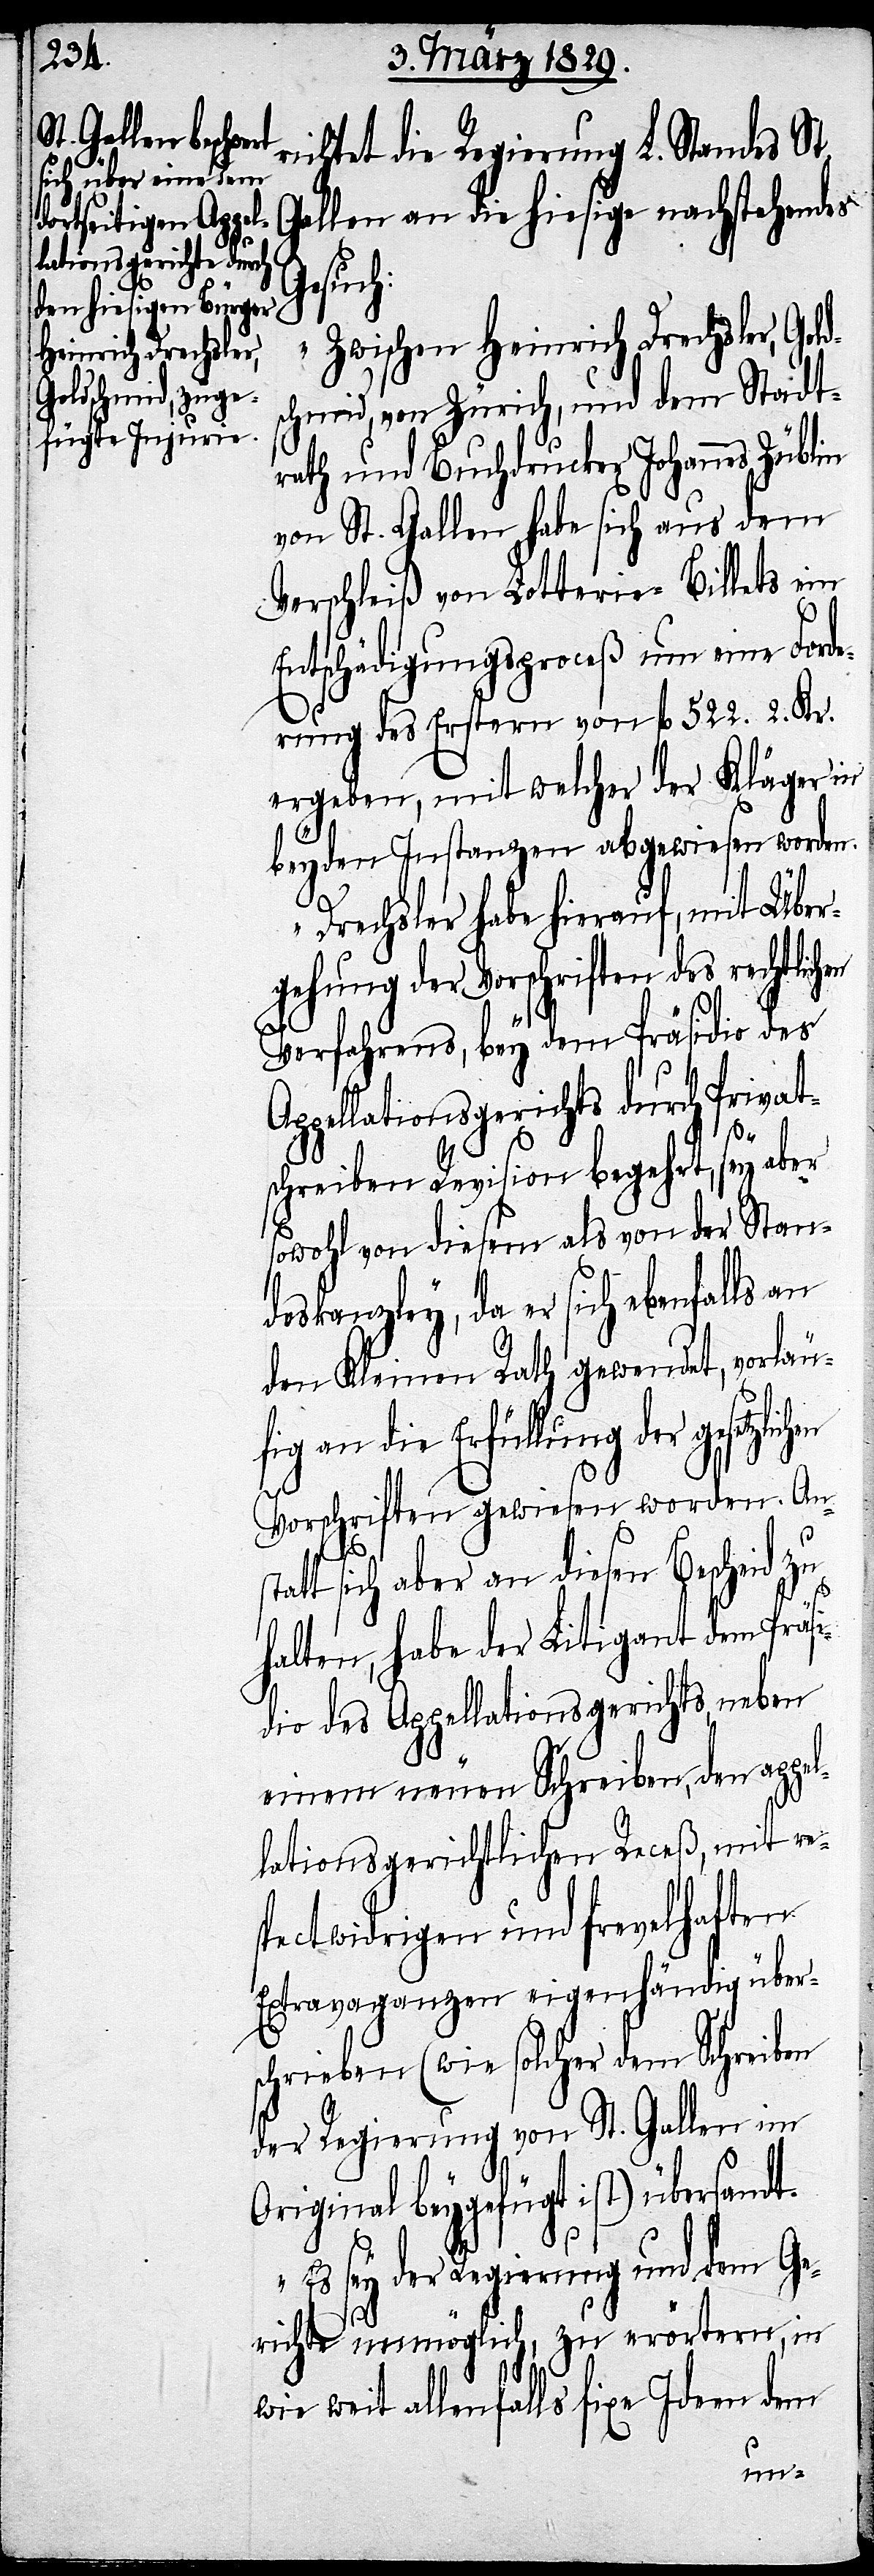
richtet die Regierung L. Standes St.
Gallen an die hiesige nachstehendes
zlichen
„Zwischen Heinrich Drechsler, Gol¬
chmid, von Zürich, und dem Stadt¬
rath und Buchdrucker Johannes Züblin
von St. Gallen habe sich aus dem
Verschleiß von Lotterie-Billets ein
Entschädigungsproceß um eine Forde¬
rung des Erstern von fl. 522. 2. Kr.
ergeben, mit welcher der Kläger in
beyden Instanzen abgewiesen worden.
A¬
Drechsler habe hierauf, mit Über¬
gehung der Vorschriften des rechtlich¬
Verfahrens, bey dem Präsidio des
ppellationsgerichts durch Privat¬
schreiben Revision begehrt, sey
sowohl von diesem als von der Stan¬
deskanzley, da er sich ebenfalls an
den Kleinen Rath gewendet, vorläu¬
an die Erfüllung der geset¬
Vorschriften gewiesen worden. An¬
stat¬
t sich aber an diesen Bescheid zu
halten, habe der Litigant dem Präs¬
idio des Appellationsgerichts, neben
einem neuen Schreiben, dem appel¬
lationsgerichtlichen Receß, mit re¬
spectwidrigen und frevelhaften
Extravaganzen, eigenhändig übers¬
chrieben (wie solcher dem Schreiben
der Regierung von St. Gallen im
Original beygefügt ist) übersandt.
Es sey der Regierung und dem Ge¬
richte unmöglich, zu erörtern, in
wie weit allenfalls fixe Ideen dem
en